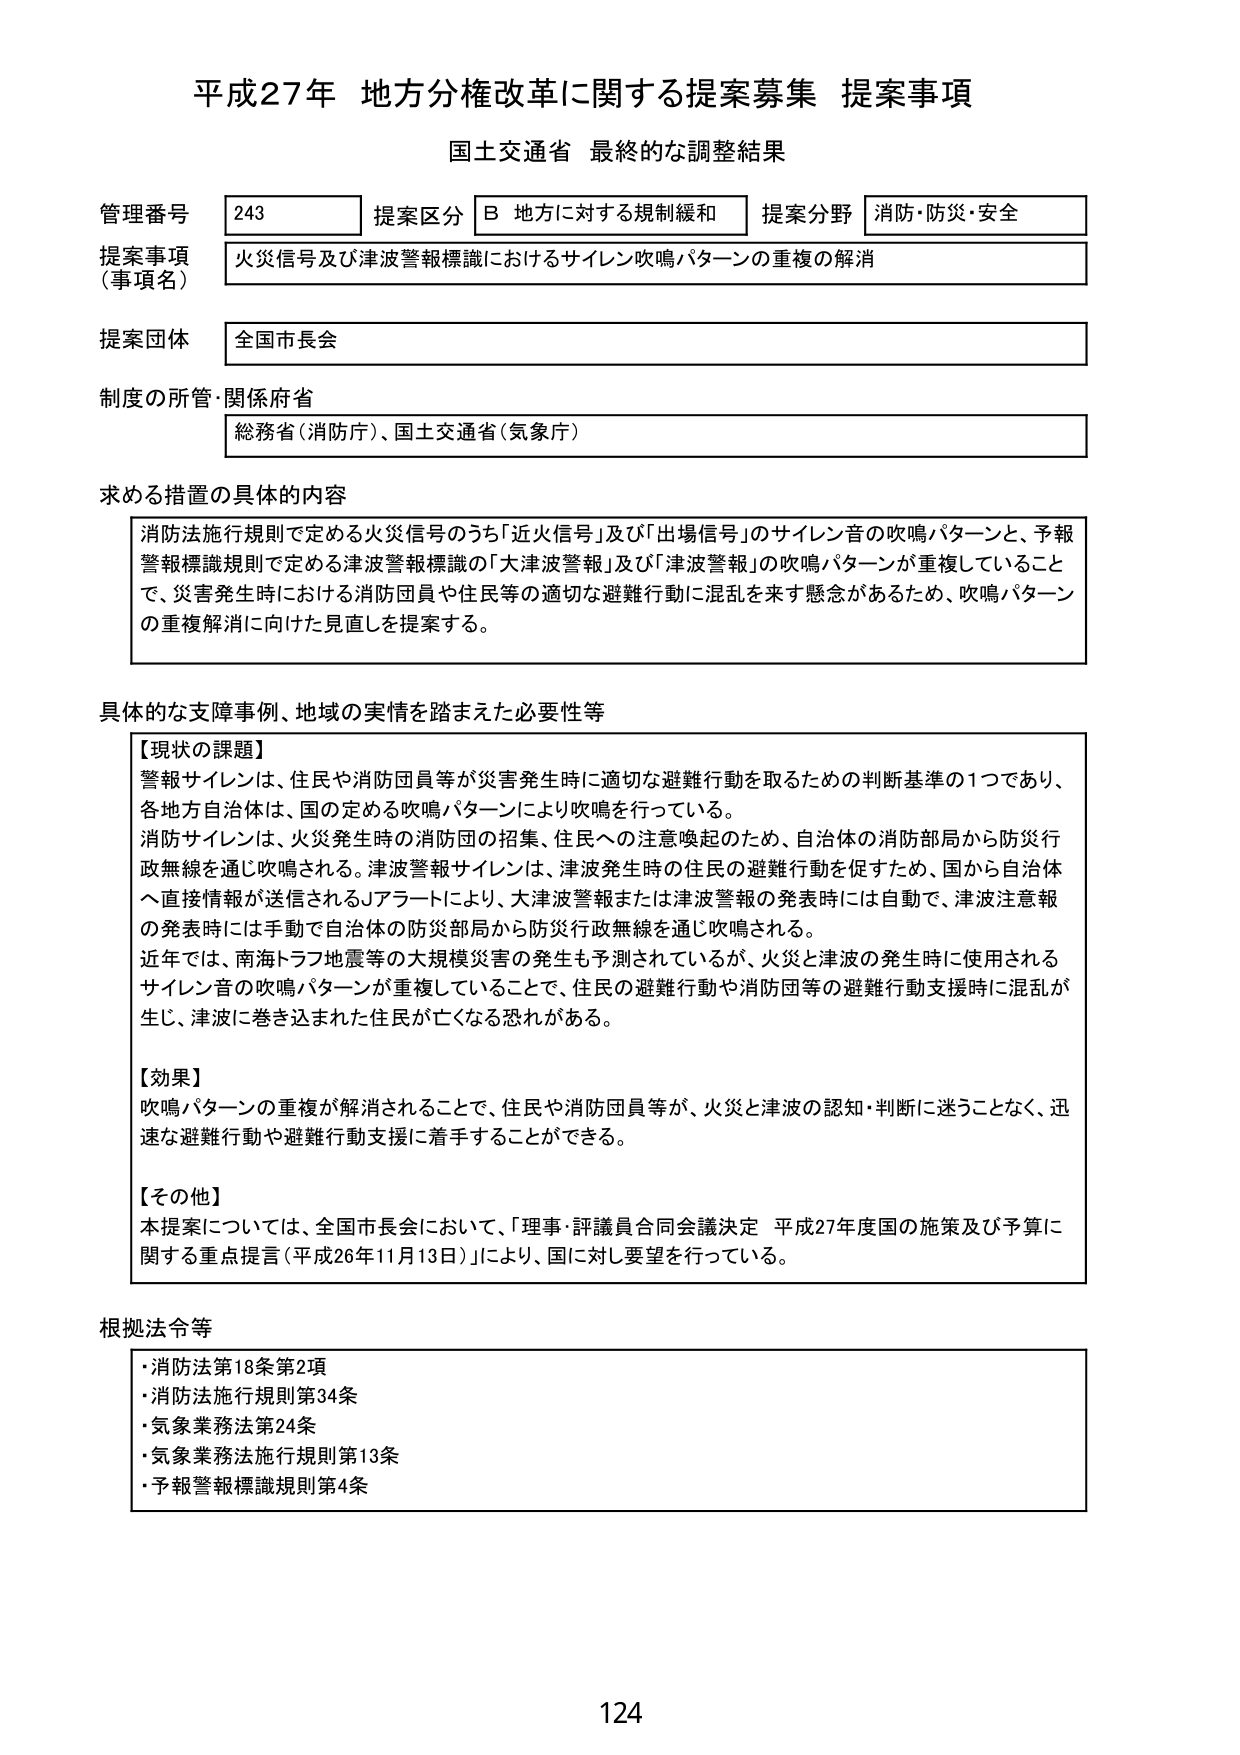
平成27年 地方分権改革に関する提案募集 提案事項
国土交通省 最終的な調整結果

管理番号 243
提案区分 B 地方に対する規制緩和
提案分野 消防・防災・安全

提案事項（事項名）
火災信号及び津波警報標識におけるサイレン吹鳴パターンの重複の解消

提案団体
全国市長会

制度の所管・関係府省
総務省（消防庁）、国土交通省（気象庁）

求める措置の具体的内容
消防法施行規則で定める火災信号のうち「近火信号」及び「出場信号」のサイレン音の吹鳴パターンと、予報警報標識規則で定める津波警報標識の「大津波警報」及び「津波警報」の吹鳴パターンが重複していることで、災害発生時における消防団員や住民等の適切な避難行動に混乱を来す懸念があるため、吹鳴パターンの重複解消に向けた見直しを提案する。

具体的な支障事例、地域の実情を踏まえた必要性等
【現状の課題】
警報サイレンは、住民や消防団員等が災害発生時に適切な避難行動を取るための判断基準の1つであり、各地方自治体は、国の定める吹鳴パターンにより吹鳴を行っている。
消防サイレンは、火災発生時の消防団の招集、住民への注意喚起のため、自治体の消防部局から防災行政無線を通じ吹鳴される。津波警報サイレンは、津波発生時の住民の避難行動を促すため、国から自治体へ直接情報が送信されるJアラートにより、大津波警報または津波警報の発表時には自動で、津波注意報の発表時には手動で自治体の防災部局から防災行政無線を通じ吹鳴される。
近年では、南海トラフ地震等の大規模災害の発生も予測されているが、火災と津波の発生時に使用されるサイレン音の吹鳴パターンが重複していることで、住民の避難行動や消防団等の避難行動支援時に混乱が生じ、津波に巻き込まれた住民が亡くなる恐れがある。

【効果】
吹鳴パターンの重複が解消されることで、住民や消防団員等が、火災と津波の認知・判断に迷うことなく、迅速な避難行動や避難行動支援に着手することができる。

【その他】
本提案については、全国市長会において、「理事・評議員合同会議決定 平成27年度国の施策及び予算に関する重点提言（平成26年11月13日）」により、国に対し要望を行っている。

根拠法令等
・消防法第18条第2項
・消防法施行規則第34条
・気象業務法第24条
・気象業務法施行規則第13条
・予報警報標識規則第4条

124